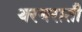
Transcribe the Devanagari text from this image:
थरथराती